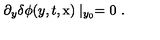
\partial _ { y } \delta \phi ( y , t , \mathrm { \boldmath x } ) \mid _ { y _ { 0 } } = 0 \ .